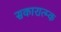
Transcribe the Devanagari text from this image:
सकारात्म्क